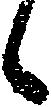
候